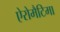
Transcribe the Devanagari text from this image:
ऐरोमैटिमा